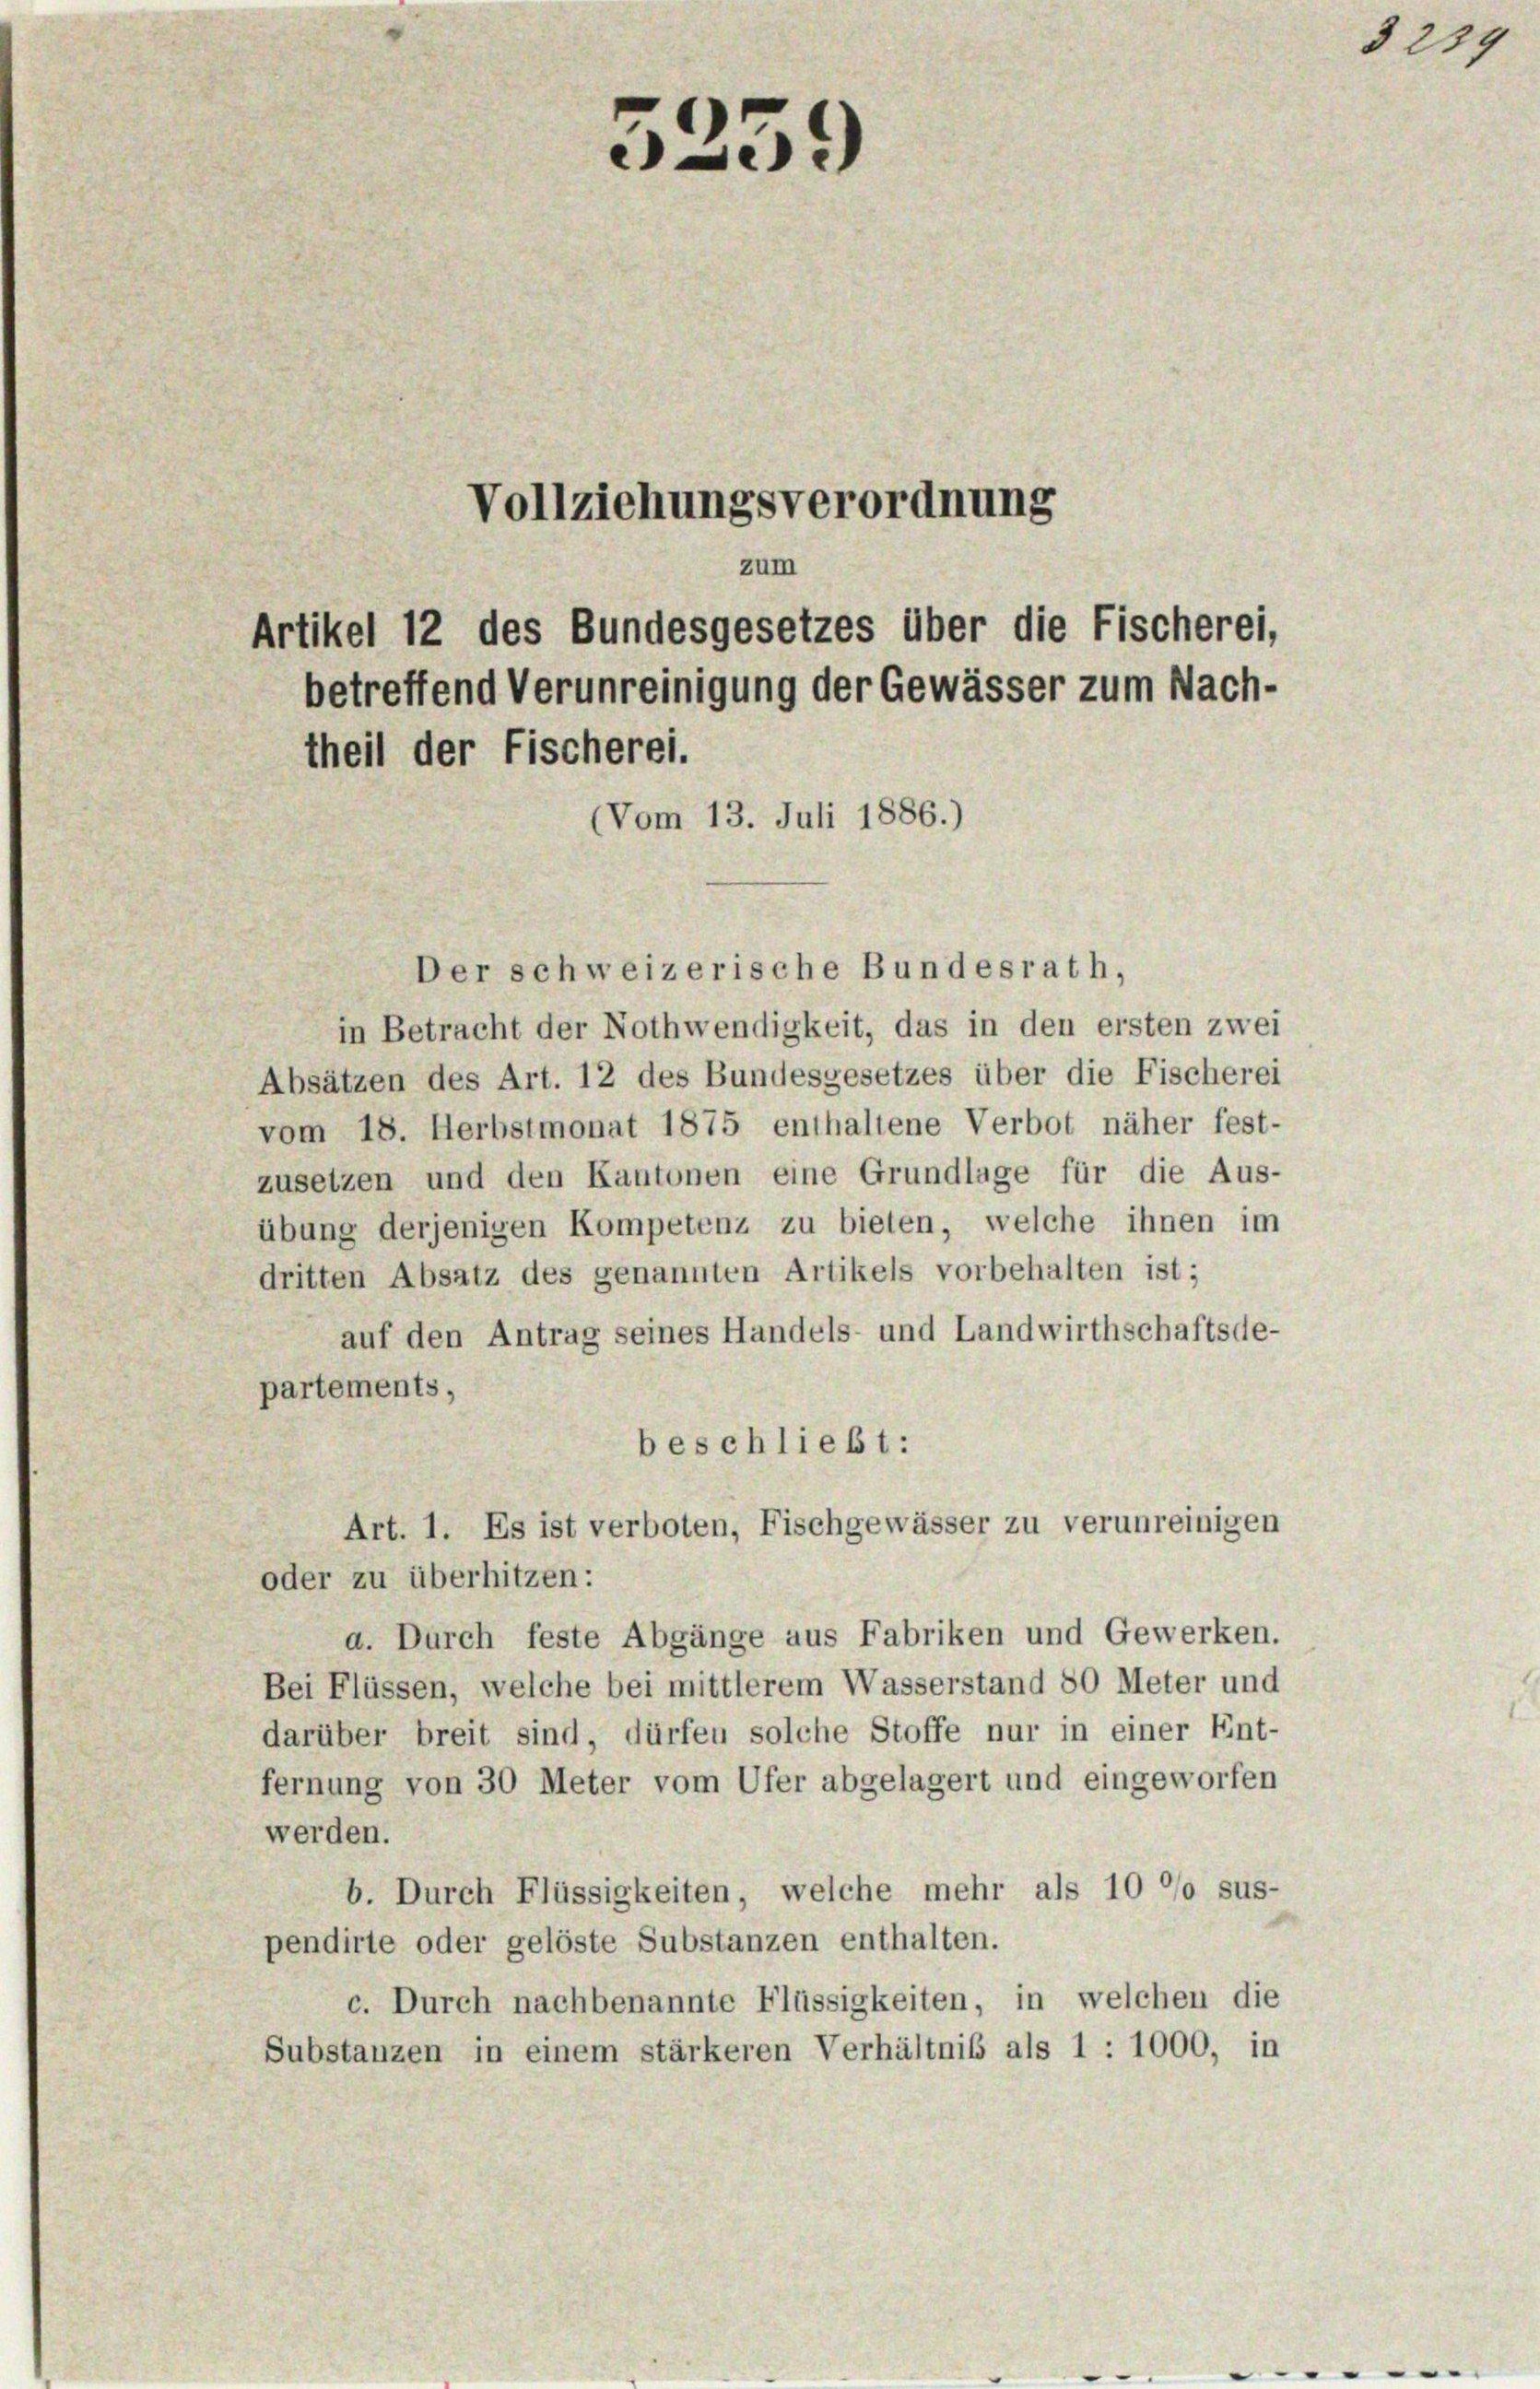
?)
Vollziehungsverordnung
zum
Artikel 12 des Bundesgesetzes über die Fischerei,
betreffend Verunreinigung der Gewässer zum Nach-
theil der Fischerei.
(Vom 13. Juli 1886.)

Der schweizerische Bundesrath,
in Betracht der Nothwendigkeit, das in den ersten zwei
Absätzen des Art. 12 des Bundesgesetzes über die Fischerei
vom 18. Herbstmonat 1875 enthaltene Verbot näher fest-
zusetzen und den Kantonen eine Grundlage für die Aus-
übung derjenigen Kompetenz zu bieten, welche ihnen im
dritten Absatz des genannten Artikels vorbehalten ist;
auf den Antrag seines Handels- und Landwirthschaftsde-
partements,
beschließt:
Art. 1. Es ist verboten, Fischgewässer zu verunreinigen
oder zu überhitzen:
a. Durch feste Abgänge aus Fabriken und Gewerken.
Bei Flüssen, welche bei mittlerem Wasserstand 80 Meter und
darüber breit sind, dürfen solche Stoffe nur in einer Ent-
fernung von 30 Meter vom Ufer abgelagert und eingeworfen
werden.
b. Durch Flüssigkeiten, welche mehr als 10 °/o sus-
pendirte oder gelöste Substanzen enthalten.
c. Durch nachbenannte Flüssigkeiten, in welchen die
Substanzen in einem stärkeren Verhältnis als 1 : 1000, in

3229